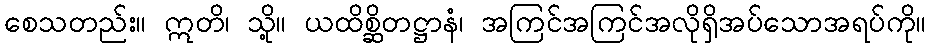
စေသတည်း။ ဣတိ၊ သို့။ ယထိစ္ဆိတဋ္ဌာနံ၊ အကြင်အကြင်အလိုရှိအပ်သောအရပ်ကို။